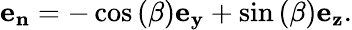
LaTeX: \mathbf{e_{n}}=-\cos{(\beta)}\mathbf{e_{y}}+\sin{(\beta)}\mathbf{e_{z}}.